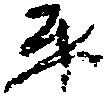
平